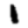
Digit: 1